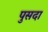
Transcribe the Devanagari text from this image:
पुसदा